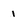
Character: 1